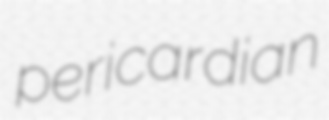
pericardian